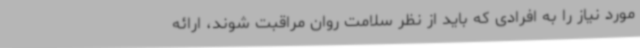
مورد نیاز را به افرادی که باید از نظر سلامت روان مراقبت شوند، ارائه